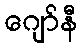
ဂျော်နီ